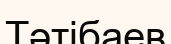
Тәтібаев